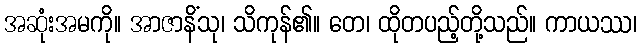
အဆုံးအမကို။ အာဇာနိံသု၊ သိကုန်၏။ တေ၊ ထိုတပည့်တို့သည်။ ကာယဿ၊